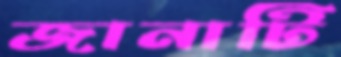
জানাটি